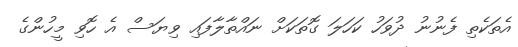
އެތަކެތި ފެނުނު ދުވަހު ކަހަލަ ގޮތަކަށް ނައްތާލާފައި ވިޔަސް އެ ހޮވި މީހުންގެ